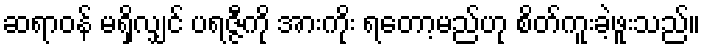
ဆရာဝန် မရှိလျှင် ပရဇ္ဇီကို အားကိုး ရတော့မည်ဟု စိတ်ကူးခဲ့ဖူးသည်။